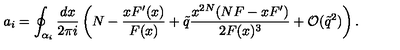
a _ { i } = \oint _ { \alpha _ { i } } \frac { d x } { 2 \pi i } \left( N - \frac { x F ^ { \prime } ( x ) } { F ( x ) } + \tilde { q } \frac { x ^ { 2 N } ( N F - x F ^ { \prime } ) } { 2 F ( x ) ^ { 3 } } + \mathcal { O } ( \tilde { q } ^ { 2 } ) \right) .